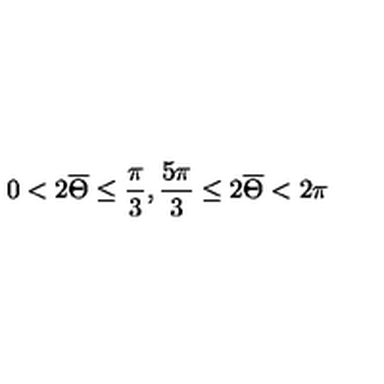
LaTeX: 0 < 2 \overline { \Theta } \leq \frac { \pi } { 3 } , \frac { 5 \pi } { 3 } \leq 2 \overline { \Theta } < 2 \pi